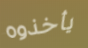
يأخذوه